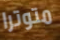
متوترا